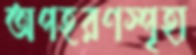
অপহরণস্পৃহা